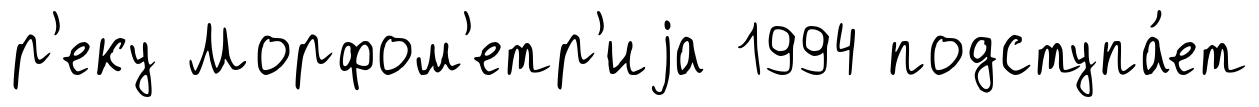
р'еку Морфом'етр'иjа 1994 подступа́ет